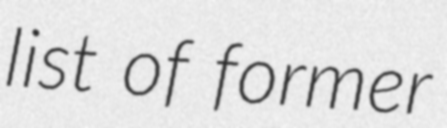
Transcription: list of former